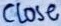
Text: CLOSE